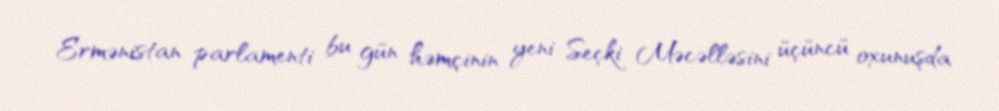
Ermənistan parlamenti bu gün həmçinin yeni Seçki Məcəlləsini üçüncü oxunuşda